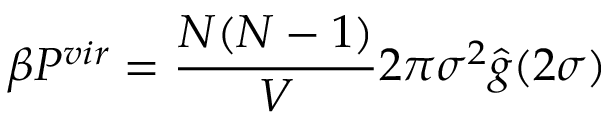
\beta P ^ { v i r } = \frac { N ( N - 1 ) } { V } 2 \pi \sigma ^ { 2 } \hat { g } ( 2 \sigma )